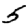
Digit: 5